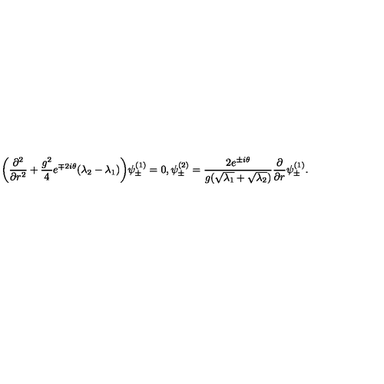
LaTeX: \bigg ( \frac { \partial ^ { 2 } } { \partial r ^ { 2 } } + \frac { g ^ { 2 } } { 4 } e ^ { \mp 2 i \theta } ( \lambda _ { 2 } - \lambda _ { 1 } ) \bigg ) \psi _ { \pm } ^ { ( 1 ) } = 0 , \psi _ { \pm } ^ { ( 2 ) } = \frac { 2 e ^ { \pm i \theta } } { g ( \sqrt { \lambda _ { 1 } } + \sqrt { \lambda _ { 2 } } ) } \frac { \partial } { \partial r } \psi _ { \pm } ^ { ( 1 ) } .